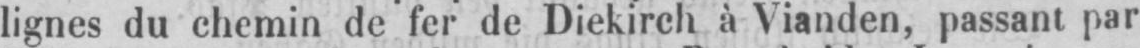
lignes du chemin de fer de Diekirch à Vianden, passant par